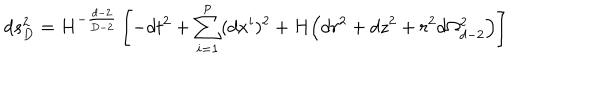
d s _ { D } ^ { 2 } = H ^ { - \frac { d - 2 } { D - 2 } } \left[ - d t ^ { 2 } + \sum _ { i = 1 } ^ { p } ( d x ^ { i } ) ^ { 2 } + H \Big ( d r ^ { 2 } + d z ^ { 2 } + r ^ { 2 } d \Omega _ { d - 2 } ^ { 2 } \Big ) \right]